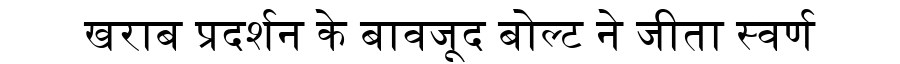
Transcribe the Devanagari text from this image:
खराब प्रदर्शन के बावजूद बोल्ट ने जीता स्वर्ण